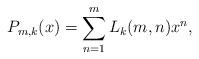
LaTeX: \begin{align*}P_{m,k}(x)=\sum_{n=1}^mL_k(m,n)x^n,\end{align*}